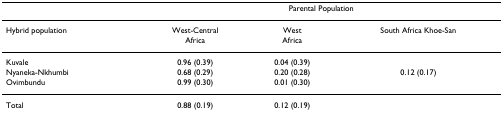
<table><thead><tr><td></td><td colspan="3"><b>Parental Population</b></td></tr></thead><tbody><tr><td>Hybrid population</td><td>West-CentralAfrica</td><td>WestAfrica</td><td>South Africa Khoe-San</td></tr><tr><td>Kuvale</td><td>0.96 (0.39)</td><td>0.04 (0.39)</td><td></td></tr><tr><td>Nyaneka-Nkhumbi</td><td>0.68 (0.29)</td><td>0.20 (0.28)</td><td>0.12 (0.17)</td></tr><tr><td>Ovimbundu</td><td>0.99 (0.30)</td><td>0.01 (0.30)</td><td></td></tr><tr><td>Total</td><td>0.88 (0.19)</td><td>0.12 (0.19)</td><td></td></tr></tbody></table>